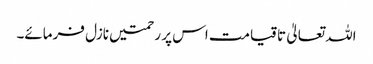
اللہ تعالیٰ تاقیامت اس پر رحمتیں نازل فرمائے۔